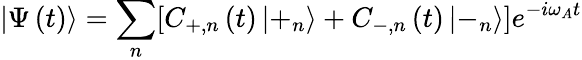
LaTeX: \left|\Psi\left(t\right)\right\rangle=\sum_{n}[C_{+,n}\left(t\right)\left|+_{n}\right\rangle+C_{-,n}\left(t\right)\left|-_{n}\right\rangle]e^{-i\omega_{A}t}